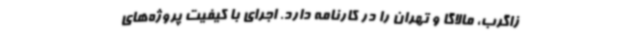
زاگرب، مالاگا و تهران را در کارنامه دارد. اجرای با کیفیت پروژه‌های